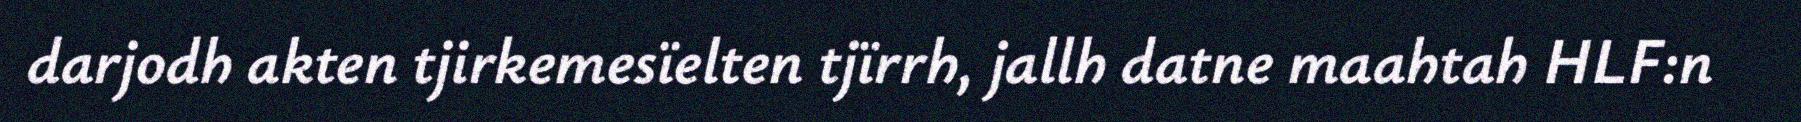
darjodh akten tjirkemesïelten tjïrrh, jallh datne maahtah HLF:n